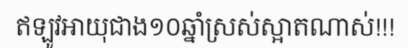
ឥឡូវអាយុជាង១០ឆ្នាំស្រស់ស្អាតណាស់!!!